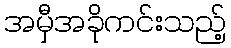
အမှီအခိုကင်းသည့်